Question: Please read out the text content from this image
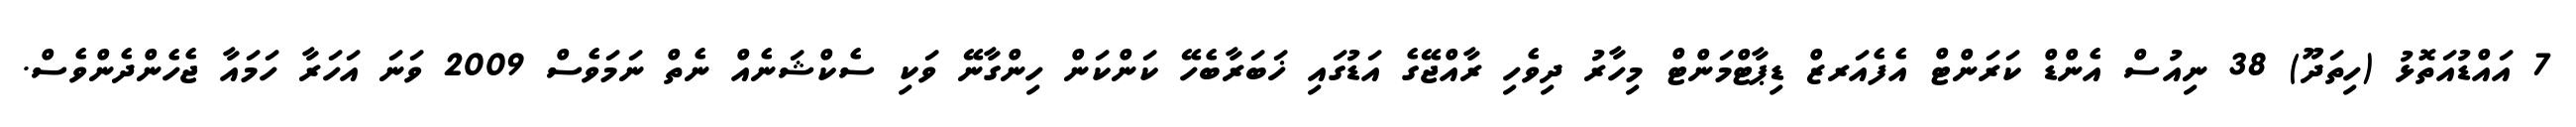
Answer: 7 އައްޑުއަތޮޅު (ހިތަދޫ) 38 ނިއުސް އެންޑް ކަރަންޓް އެފެއަރޒް ޑިޕާޓްމަންޓް މިހާރު ދިވެހި ރާއްޖޭގެ އަޑުގައި ޚަބަރާބެހޭ ކަންކަން ހިންގާނޭ ވަކި ސެކްޝަނެއް ނެތް ނަމަވެސް 2009 ވަނަ އަހަރާ ހަމައާ ޖެހެންދެންވެސް.